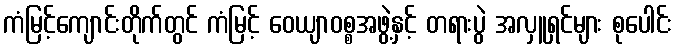
ကံမြင့်ကျောင်းတိုက်တွင် ကံမြင့် ဝေယျာဝစ္စအဖွဲ့နှင့် တရားပွဲ အလှူရှင်များ စုပေါင်း